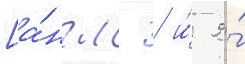
[а́нгл. / и́ я́